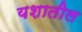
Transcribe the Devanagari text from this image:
यशातील